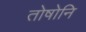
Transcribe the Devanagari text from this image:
तोषोनि